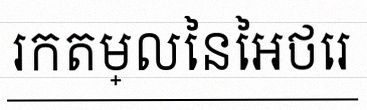
រកតម្លៃនៃអថេរ